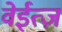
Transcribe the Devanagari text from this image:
वेईत्ज़